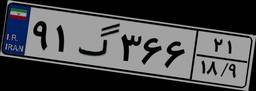
۱۲گ۶۳۵۵۱